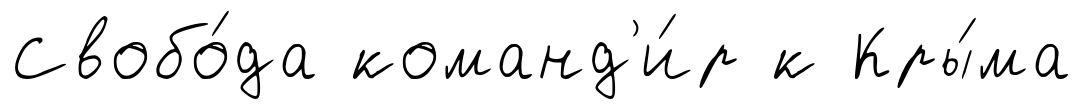
Свобо́да команд'и́р к Кры́ма